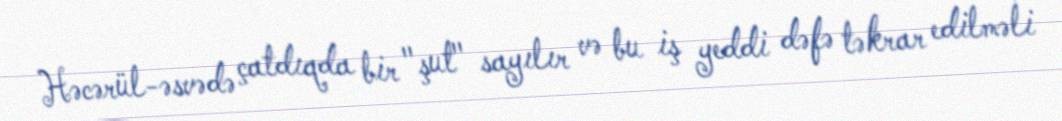
Həcərül-əsvədə çatdıqda bir "şut" sayılır və bu iş yeddi dəfə təkrar edilməli